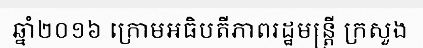
ឆ្នាំ២០១៦ ក្រោមអធិបតីភាពរដ្ឋមន្ត្រី ក្រសួង